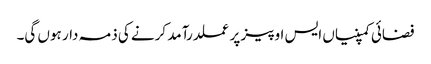
فضائی کمپنیاں ایس او پیز پر عملدرآمد کرنے کی ذمہ دار ہوں گی۔